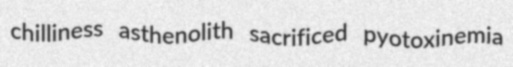
chilliness asthenolith sacrificed pyotoxinemia